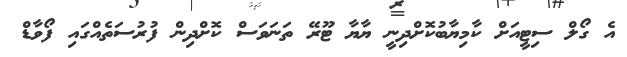
އެ ގޯލް ސިޓީއަށް ކާމިޔާބުކޮށްދިނީ ޔާޔާ ޓޫރޭ ތަނަވަސް ކޮށްދިން ފުރުސަތެއްގައި ފޯވާޑް